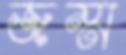
জম্ম